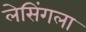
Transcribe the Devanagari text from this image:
लेसिंगला